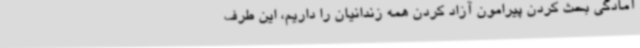
آمادگی بحث کردن پیرامون آزاد کردن همه زندانیان را داریم، این طرف